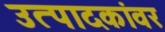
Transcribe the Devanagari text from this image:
उत्पादकांवर